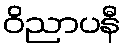
ဝိညာပနီ